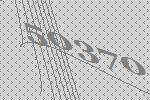
50370